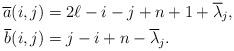
LaTeX: \begin{align*}\overline{a}(i,j) & = 2\ell-i-j+n+1+\overline{\lambda}_j,\\ \overline{b}(i,j) & = j-i+n-\overline{\lambda}_j.\end{align*}